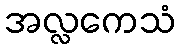
အလ္လကေသံ